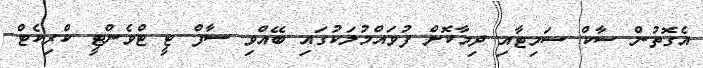
އެގޮތުން ސާކް ސަމިޓާއި ދިމާކޮށް ފުވައްމުލަކުގައި ބޭއްވި ސާފް ޓީ ޓްވެންޓީ ކްރިކެޓް